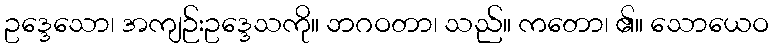
ဥဒ္ဒေသော၊ အကျဉ်းဥဒ္ဒေသကို။ ဘဂဝတာ၊ သည်။ ကတော၊ ၏။ သောယေဝ